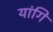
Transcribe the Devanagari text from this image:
यांगि